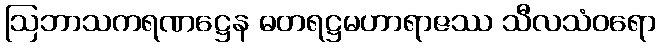
ဩဘာသကရဏဋ္ဌေန ဓတရဋ္ဌမဟာရာဇဿ သီလသံဝရော